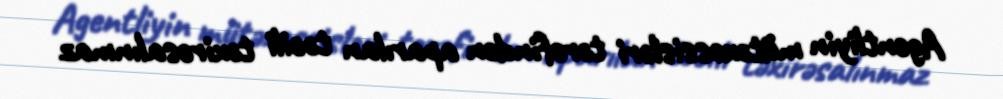
Agentliyin mütəxəssisləri tərəfindən aparılan təcili təxirəsalınmaz